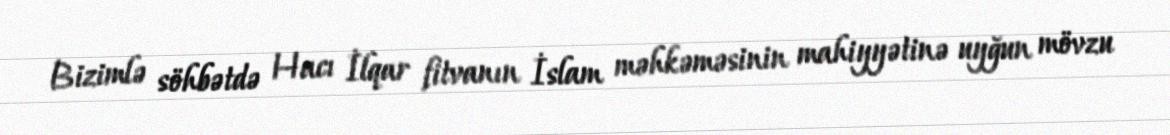
Bizimlə söhbətdə Hacı İlqar fitvanın İslam məhkəməsinin mahiyyətinə uyğun mövzu